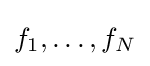
f_{1},\ldots ,f_{N}